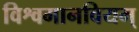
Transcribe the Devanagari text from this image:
विश्वमानवियम्